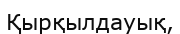
Қырқылдауық,